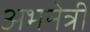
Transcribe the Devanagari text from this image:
अभनेत्री